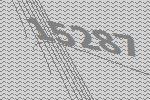
15287